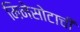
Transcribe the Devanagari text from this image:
मिनेसोटाची